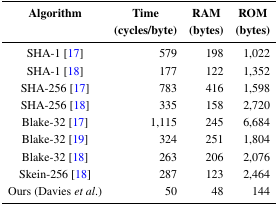
| Algorithm | Time (cycles/byte) | RAM (bytes) | ROM (bytes) |
 | --- | --- | --- | --- |
 | SHA-1 [17] | 579 | 198 | 1,022 |
 | SHA-1 [18] | 177 | 122 | 1,352 |
 | SHA-256 [17] | 783 | 416 | 1,598 |
 | SHA-256 [18] | 335 | 158 | 2,720 |
 | Blake-32 [17] | 1,115 | 245 | 6,684 |
 | Blake-32 [19] | 324 | 251 | 1,804 |
 | Blake-32 [18] | 263 | 206 | 2,076 |
 | Skein-256 [18] | 287 | 123 | 2,464 |
 | Ours (Davies et al.) | 50 | 48 | 144 |